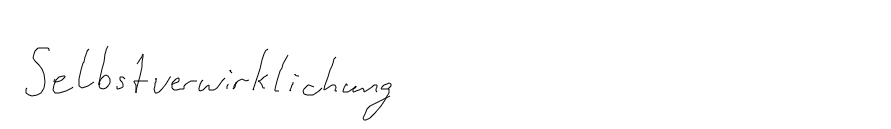
Selbstverwirklichung